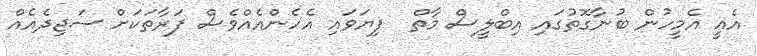
އެއީ އެމީހުން ބުނާގޮތުގައި އިބްލީސް މާތް  ފިޔަވައި އެހެންއެއްވެސް ފަރާތަކަށް ސަޖިދެއެއް